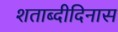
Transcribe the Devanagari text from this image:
शताब्दीदिनास